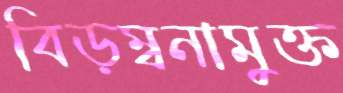
বিড়ম্বনামুক্ত